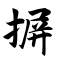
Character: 摒